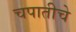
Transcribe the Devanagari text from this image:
चपातीचे